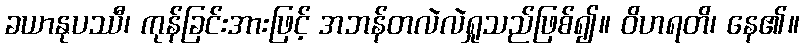
ခယာနုပဿီ၊ ကုန်ခြင်းအားဖြင့် အဘန်တလဲလဲရှုသည်ဖြစ်၍။ ဝိဟရတိ၊ နေ၏။